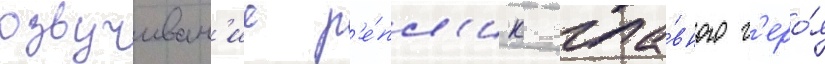
озвучиван'ие р'е́пл'ик гла́вного г'еро́я